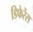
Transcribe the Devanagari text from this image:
डिफेरेंस